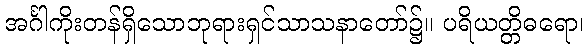
အင်္ဂါကိုးတန်ရှိသောဘုရားရှင်သာသနာတော်၌။ ပရိယတ္တိဓရော၊